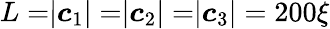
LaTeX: L=\rvert\boldsymbol c_{1}\rvert=\rvert\boldsymbol c_{2}\rvert=\rvert\boldsymbol c_{3}\rvert=200\xi